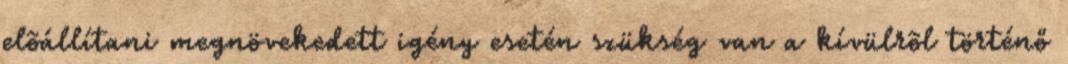
elõállítani megnövekedett igény esetén szükség van a kívülrõl történő